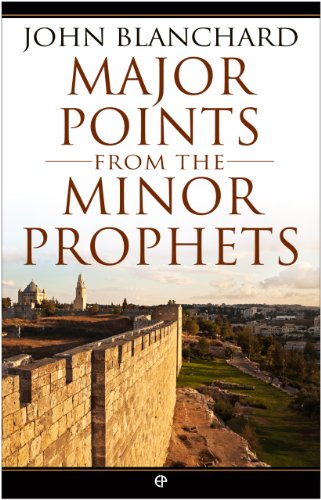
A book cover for Major Points from the Minor Prophets; John Blanchard; Christian Books & Bibles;